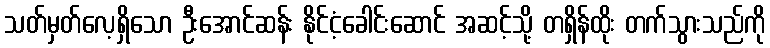
သတ်မှတ်လေ့ရှိသော ဦးအောင်ဆန်း နိုင်ငံ့ခေါင်းဆောင် အဆင့်သို့ တရှိန်ထိုး တက်သွားသည်ကို